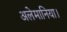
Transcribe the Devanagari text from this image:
अलेमानिया।